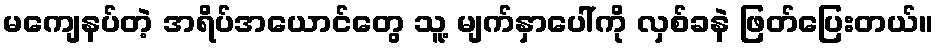
မကျေနပ်တဲ့ အရိပ်အယောင်တွေ သူ့ မျက်နှာပေါ်ကို လှစ်ခနဲ ဖြတ်ပြေးတယ်။